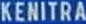
KENITRA